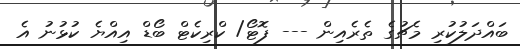
ބައްދަލުކުރި މެޗުގެ ތެރެއިން --- ފޮޓޯ/ ކްރިކެޓް ބޯޑް އިއްޔެ ކުޅުނު އެ